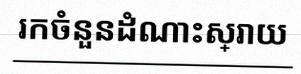
រកចំនួនដំណោះស្រាយ